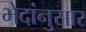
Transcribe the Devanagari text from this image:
भेदांनुसार